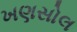
ખણસોલ